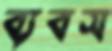
ব্যবস